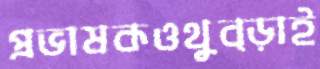
প্রভাষকওথুব্‌ড়াই